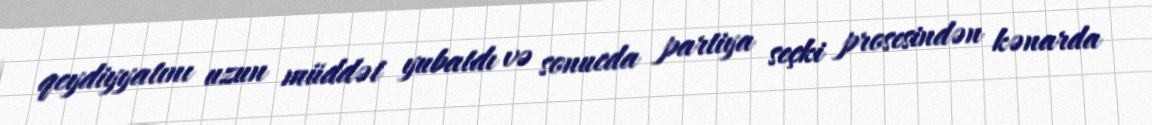
qeydiyyatını uzun müddət yubatdı və sonucda partiya seçki prosesindən kənarda